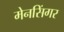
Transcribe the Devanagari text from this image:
मेनसिंगर